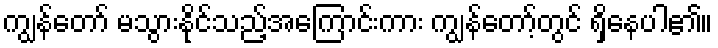
ကျွန်တော် မသွားနိုင်သည့်အကြောင်းကား ကျွန်တော့်တွင် ရှိနေပါ၏။